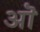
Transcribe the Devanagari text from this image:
अॊ